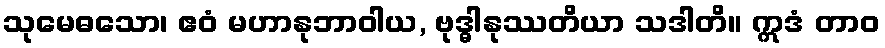
သုမေဓသော၊ ဧဝံ မဟာနုဘာဝါယ, ဗုဒ္ဓါနုဿတိယာ သဒါတိ။ ဣဒံ တာဝ